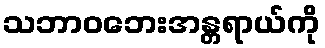
သဘာဝဘေးအန္တရာယ်ကို